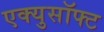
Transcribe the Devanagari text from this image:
एक्युसॉफ्ट